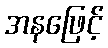
အနဖြေင့်